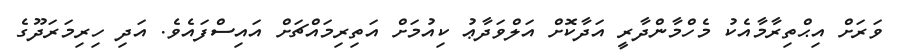
ވަރަށް އިޙްތިރާމާއެކު މެހްމާންދާރީ އަދާކޮށް އަލްވަދާޢު ކިއުމަށް އަތިރިމައްޗަށް އައިސްފައެވެ. އަދި ހިރިމަރަދޫގެ